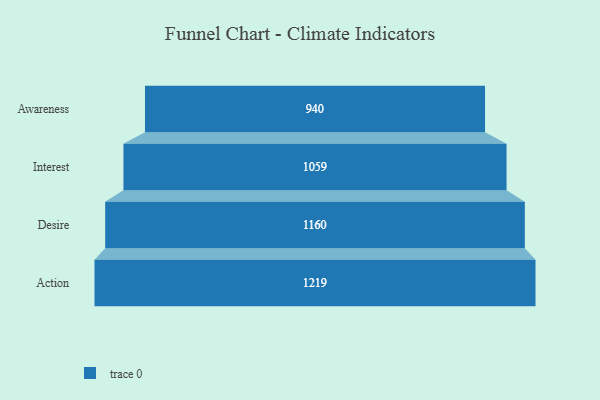
{"axis": {"x": "Stage", "y": "Value"}, "legend": [""], "data": [{"x": "Awareness", "y": 940.0, "type": ""}, {"x": "Interest", "y": 1059.0, "type": ""}, {"x": "Desire", "y": 1160.0, "type": ""}, {"x": "Action", "y": 1219.0, "type": ""}]}